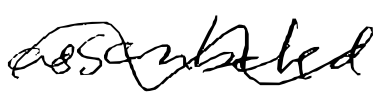
Text: assembled
Cross-out: wave
Writing tool: digital_black